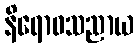
နိရောဓသညာယ